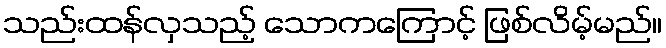
သည်းထန်လှသည့် သောကကြောင့် ဖြစ်လိမ့်မည်။